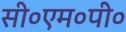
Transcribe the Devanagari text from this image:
सी०एम०पी०